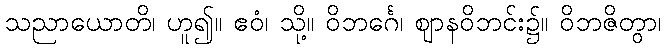
သညာယောတိ၊ ဟူ၍။ ဧဝံ၊ သို့။ ဝိဘင်္ဂေ၊ ဈာနဝိဘင်း၌။ ဝိဘဇိတွာ၊